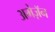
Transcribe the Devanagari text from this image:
अमेज़ॅन